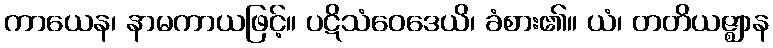
ကာယေန၊ နာမကာယဖြင့်။ ပဋိသံဝေဒေယိ၊ ခံစား၏။ ယံ၊ တတိယဇ္ဈာန